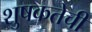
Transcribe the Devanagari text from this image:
शुषकतेची